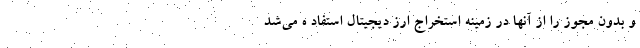
و بدون مجوز را از آنها در زمینه استخراج ارز دیجیتال استفاد ه می‌شد